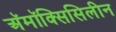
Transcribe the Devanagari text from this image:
अॅमॉक्सिसिलीन